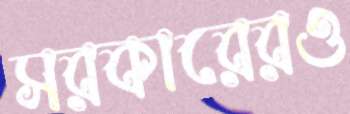
সরকারেরও